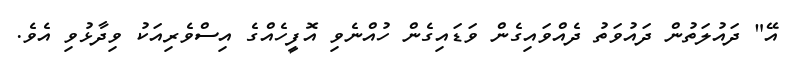
އޭ" ދައުލަތުން ދައުވަތު ދެއްވައިގެން ވަޑައިގެން ހުއްނެވި އޮފީހެއްގެ އިސްވެރިއަކު ވިދާޅުވި އެވެ.